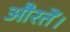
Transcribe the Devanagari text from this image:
औरतें।